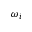
\omega _ { i }